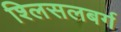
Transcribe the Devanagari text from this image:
श्लिसलबर्ग